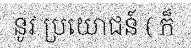
នូវ ប្រយោជន៍ ( ក៏